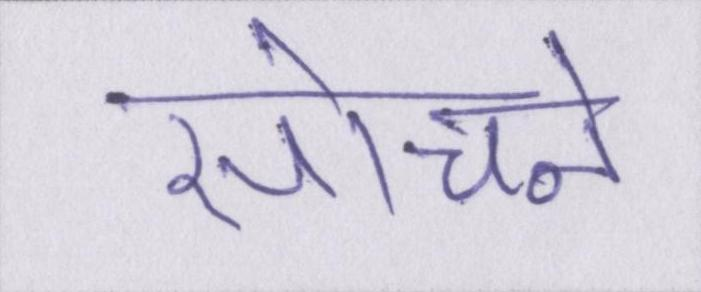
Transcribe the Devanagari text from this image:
सोचने